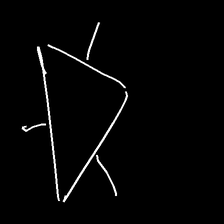
Glyph: fire